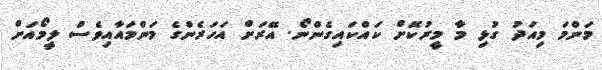
މަންމަ މިއަދު ގުޅި މާ މީރުކޮށް ކައްކައިގެންނޯ. އޭރަށް އަހަރެންގެ މަންމައާއިވެސް ލީމޯއަށް